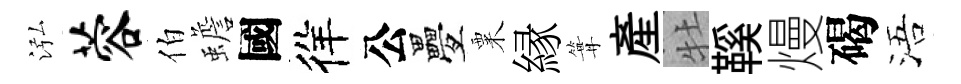
泓蓉伯蟾國徉公疊粟縁篝産牡鞵熳碣浯